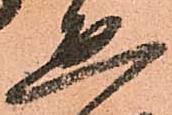
通